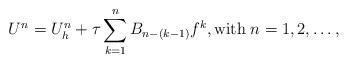
LaTeX: \begin{align*} U^{n} = U_h^{n} + \tau \sum_{k=1}^{n} B_{n-(k-1)} f^{k}, \mbox{with} \; n=1,2,\ldots,\end{align*}